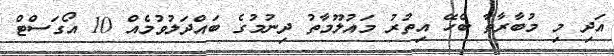
އަދި މި މުބާރާތާ ބެހޭ އިތުރު މައުލޫމާތު ދިނުމުގެ ބައްދަލުވުމެއް 10 އޯގަސްޓް